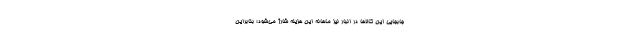
جابجایی این کالاها در انبار نیز ماهانه این هزینه شارژ می‌شود؛ بنابراین